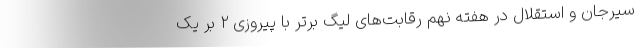
سیرجان و استقلال در هفته نهم رقابت‌های لیگ برتر با پیروزی ۲ بر یک